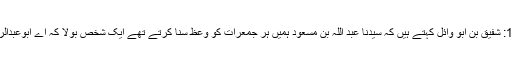
1584: شفیق بن ابو وائل کہتے ہیں کہ سیدنا عبد اللہ بن مسعودؓ ہمیں ہر جمعرات کو وعظ سنا کرتے تھے ایک شخص بولا کہ اے ابوعبدالرحمن!